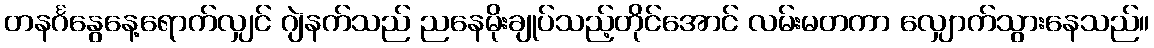
တနင်္ဂနွေနေ့ရောက်လျှင် ဂျဲနက်သည် ညနေမိုးချုပ်သည့်တိုင်အောင် လမ်းမတကာ လျှောက်သွားနေသည်။